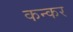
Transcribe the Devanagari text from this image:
कन्कर